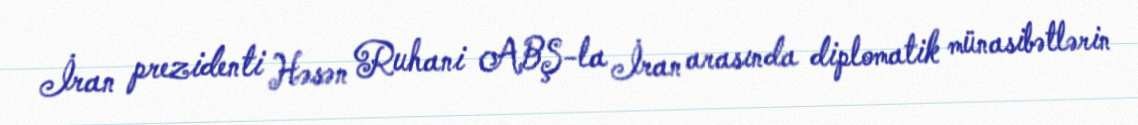
İran prezidenti Həsən Ruhani ABŞ-la İran arasında diplomatik münasibətlərin